Treatise on elephants
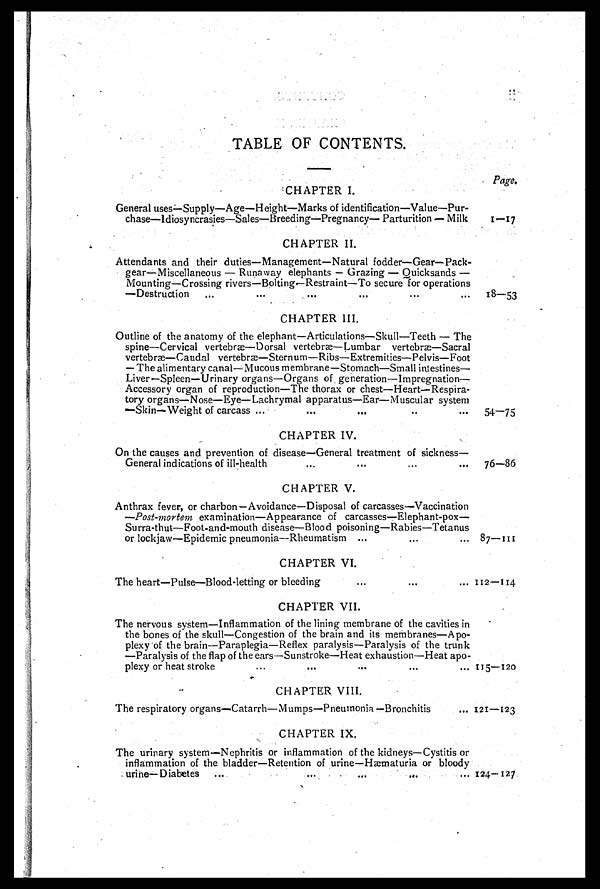
TABLE OF CONTENTS.
Page.
CHAPTER I.
General uses—Supply—Age—Height—Marks of identification—Value—Pur-
chase—Idiosyncrasies—Sales—Breeding—Pregnancy— Parturition — Milk
1—17
CHAPTER II.
Attendants and their duties—Management—Natural fodder—Gear—Pack-
gear—Miscellaneous — Runaway elephants — Grazing — Quicksands —
Mounting—Crossing rivers—Boltings-Restraint—To secure for operations
—Destruction
...
...
...
...
...
... 18—53
CHAPTER III.
Outline of the anatomy of the elephant—Articulations—Skull—Teeth — The
spine—Cervical vertebrae—Dorsal vertebræ—Lumbar vertebræ—Sacral
vertebræ—Caudal vertebræ—Sternum—Ribs—Extremities—Pelvis—Foot
— The alimentary canal— Mucous membrane—Stomach—Small intestines—
Liver—Spleen—Urinary organs—Organs of generation—Impregnation—
Accessory organ of reproduction—The thorax or chest—Heart—Respira-
tory organs—Nose—Eye—Lachrymal apparatus—Ear—Muscular system
—Skin—Weight of carcass ...
...
...
..
...
54—75
CHAPTER IV.
On the causes and prevention of disease—General treatment of sickness—
General indications of ill-health
...
...
...
...
76—86
CHAPTER V.
Anthrax fever, or charbon—Avoidance—Disposal of carcasses—Vaccination
—Post-mortem examination—Appearance of carcasses—Elephant-pox—
Surra-thut—Foot-and-mouth disease—Blood poisoning—Rabies—Tetanus
or lockjaw—Epidemic pneumonia—Rheumatism ...
...
... 87—111
CHAPTER VI.
The heart—Pulse—Blood-letting or bleeding
...
...
... 112—114
CHAPTER VII.
The nervous system—Inflammation of the lining membrane of the cavities in
the bones of the skull—Congestion of the brain and its membranes—Apo-
plexy of the brain—Paraplegia—Reflex paralysis—Paralysis of the trunk
—Paralysis of the flap of the ears—Sunstroke—Heat exhaustion—Heat apo-
plexy or heat stroke
...
...
...
...
... 115—120
CHAPTER VIII.
The respiratory organs—Catarrh—Mumps—Pneumonia—Bronchitis
... 121—123
CHAPTER IX.
The urinary system—Nephritis or inflammation of the kidneys—Cystitis or
inflammation of the bladder—Retention of urine—Haematuria or bloody
urine—Diabetes
...
...
...
...
... 124—127